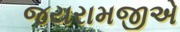
જયરામજીએ